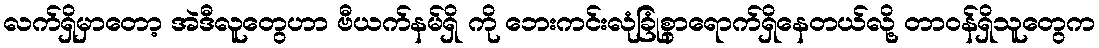
လက်ရှိမှာတော့ အဲဒီလူတွေဟာ ဗီယက်နမ်ရှိ ကို ဘေးကင်းလုံခြုံစွာရောက်ရှိနေတယ်လို့ တာ၀န်ရှိသူတွေက